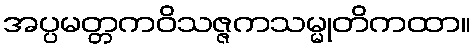
အပ္ပမတ္တကဝိသဇ္ဇကသမ္မုတိကထာ။